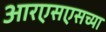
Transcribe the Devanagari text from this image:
आरएसएसच्या